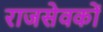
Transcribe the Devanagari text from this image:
राजसेवकों